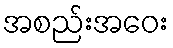
အစည်းအဝေး